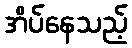
အိပ်နေသည့်